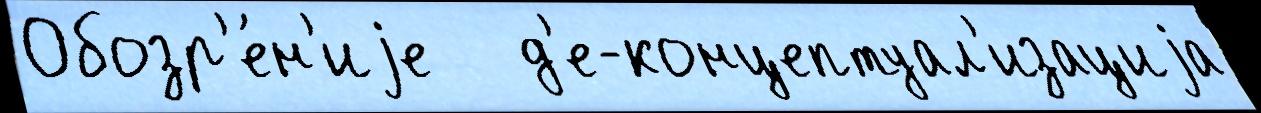
Обозр'е́н'иjе   д'е-концептуал'изациjа